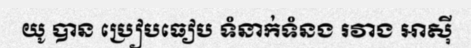
យូ បាន ប្រៀបធៀប ទំនាក់ទំនង រវាង អាស៊ី